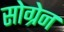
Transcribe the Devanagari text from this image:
सोग्रेन